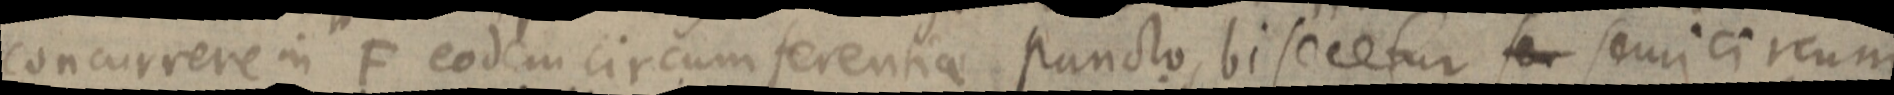
concurrere in F eodem circumferentia puncto, bisecetur for semicircum